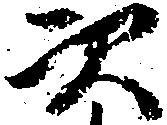
次